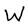
Character: W